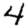
Digit: 4